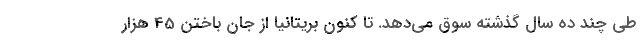
طی چند ده سال گذشته سوق می‌دهد. تا کنون بریتانیا از جان باختن 45 هزار